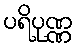
ပရိပုဏ္ဏ